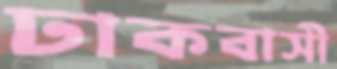
ঢাকবাসী